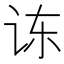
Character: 𮷅